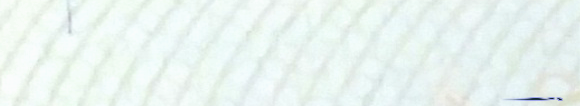
speed limit 60